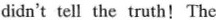
didn't tell the truth!The